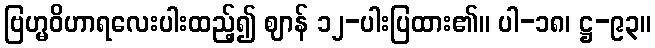
ဗြဟ္မဝိဟာရလေးပါးထည့်၍ ဈာန် ၁၂-ပါးပြထား၏။ ပါ-၁၈၊ ဋ္ဌ-၉၃။